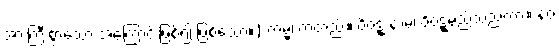
အားကြီးစွာသော အကြောင်းဖြစ်၍ ဖြစ်သော။) ကမ္မံ၊ ကံတည်း။ ဝိဝဋ္ဋံ နာမ၊ ဝိဝဋ္ဋမည်သည်ကား။ နဝ